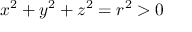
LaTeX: x ^ { 2 } + y ^ { 2 } + z ^ { 2 } = r ^ { 2 } > 0